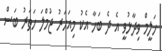
ހަލީމް ވިދާޅުވީ އެ ދެ ބަހާ އެކު މިއަހަރު ޖުމްލަ ހަތަރު ބަސް